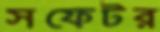
সফেটর